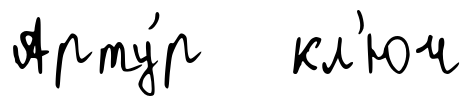
Арту́р кл'юч